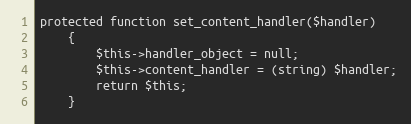
Language: PHP
protected function set_content_handler($handler)
	{
		$this->handler_object = null;
		$this->content_handler = (string) $handler;
		return $this;
	}